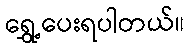
ရွှေ့ပေးရပါတယ်။